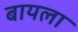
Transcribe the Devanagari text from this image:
बायला